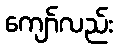
ကျော်လည်း